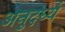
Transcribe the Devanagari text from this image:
अनुदर्ध्य